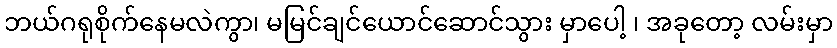
ဘယ်ဂရုစိုက်နေမလဲကွာ၊ မမြင်ချင်ယောင်ဆောင်သွား မှာပေါ့ ၊ အခုတော့ လမ်းမှာ